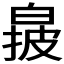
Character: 𬐌